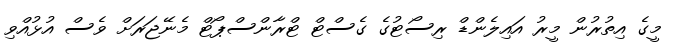
މީގެ އިތުރުން މީރު އައިލެންޑް ރިސޯޓުގެ ގެސްޓް ޓްރާންސްޕޯޓް މެނޭޖަރަށް ވެސް އުޅުއްވި